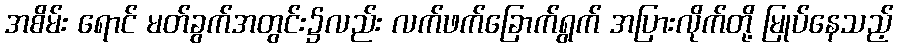
အစိမ်း ရောင် မတ်ခွက်အတွင်း၌လည်း လက်ဖက်ခြောက်ရွက် အပြားလိုက်တို့ မြုပ်နေသည့်